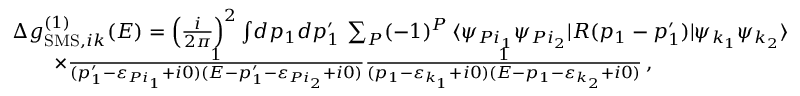
\begin{array} { r l } & { \Delta g _ { \mathrm { S M S } , i k } ^ { ( 1 ) } ( E ) = \left( \frac { i } { 2 \pi } \right) ^ { 2 } \int \! d p _ { 1 } d p _ { 1 } ^ { \prime } \, \sum _ { P } ( - 1 ) ^ { P } \, \langle \psi _ { P i _ { 1 } } \psi _ { P i _ { 2 } } | R ( p _ { 1 } - p _ { 1 } ^ { \prime } ) | \psi _ { k _ { 1 } } \psi _ { k _ { 2 } } \rangle } \\ & { \qquad \times \frac { 1 } { ( p _ { 1 } ^ { \prime } - \varepsilon _ { P i _ { 1 } } + i 0 ) ( E - p _ { 1 } ^ { \prime } - \varepsilon _ { P i _ { 2 } } + i 0 ) } \frac { 1 } { ( p _ { 1 } - \varepsilon _ { k _ { 1 } } + i 0 ) ( E - p _ { 1 } - \varepsilon _ { k _ { 2 } } + i 0 ) } \, , } \end{array}